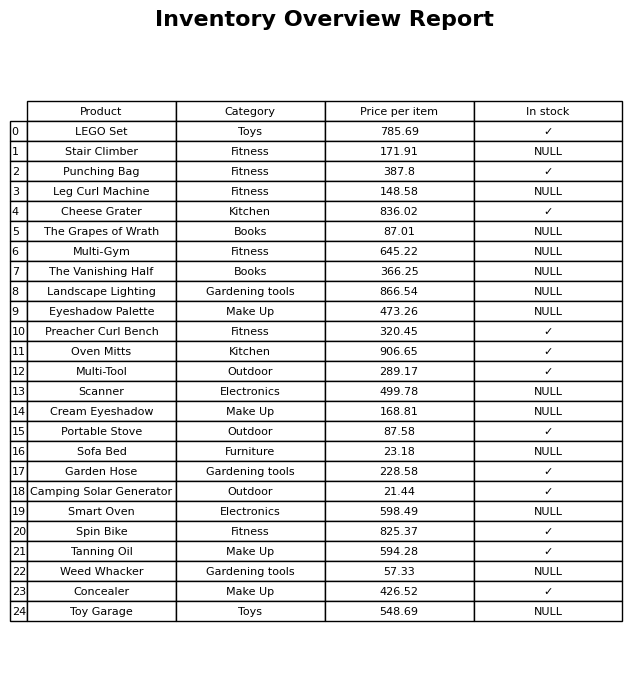
question: What is the price for Multi-Gym?
answer: The price of Multi-Gym is 645.22.